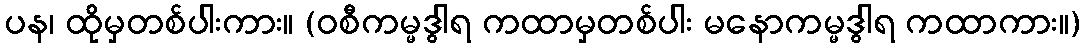
ပန၊ ထိုမှတစ်ပါးကား။ (ဝစီကမ္မဒွါရ ကထာမှတစ်ပါး မနောကမ္မဒွါရ ကထာကား။)